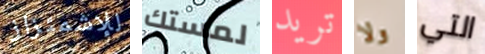
للإشمئزاز لمستك تريد ولا التي